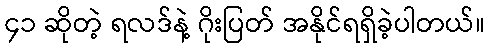
၄၁ ဆိုတဲ့ ရလဒ်နဲ့ ဂိုးပြတ် အနိုင်ရရှိခဲ့ပါတယ်။